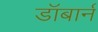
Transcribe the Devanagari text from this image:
डॉबार्न